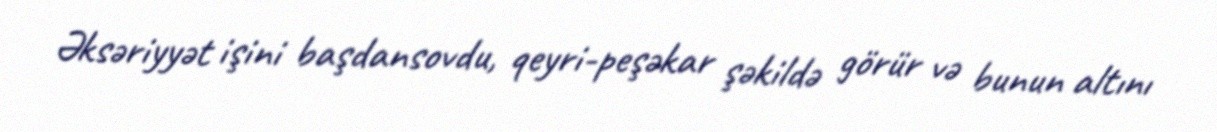
Əksəriyyət işini başdansovdu, qeyri-peşəkar şəkildə görür və bunun altını